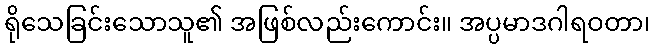
ရိုသေခြင်းသောသူ၏ အဖြစ်လည်းကောင်း။ အပ္ပမာဒဂါရဝတာ၊